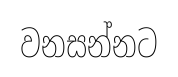
වනසන්නට